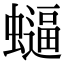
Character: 𮕂